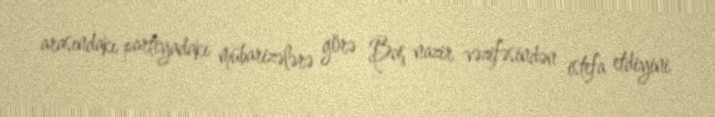
arasındakı partiyadakı mübarizələrə görə Baş nazir vəzifəsindən istefa etdiyini